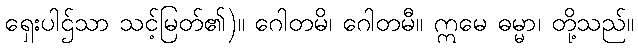
ရှေးပါဌ်သာ သင့်မြတ်၏)။ ဂေါတမိ၊ ဂေါတမီ။ ဣမေ ဓမ္မာ၊ တို့သည်။